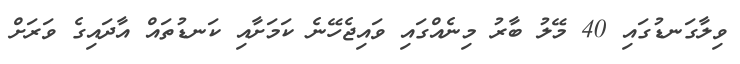
ވިލާގަނޑުގައި 40 މޭލު ބާރު މިނެއްގައި ވައިޖެހޭނެ ކަމަށާއި ކަނޑުތައް އާދައިގެ ވަރަށް